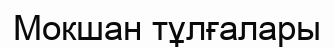
Мокшан тұлғалары